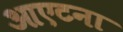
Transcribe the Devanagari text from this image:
आएटना